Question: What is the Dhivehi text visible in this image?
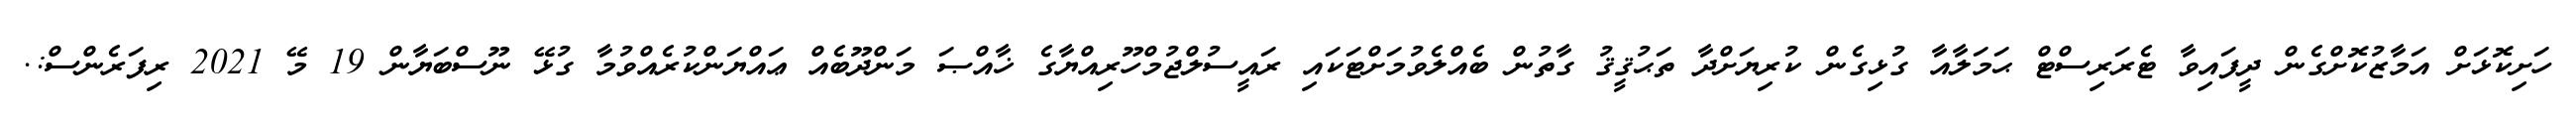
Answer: ހަށިކޮޅަށް އަމާޒުކޮށްގެން ދީފައިވާ ޓެރަރިސްޓް ޙަމަލާއާ ގުޅިގެން ކުރިޔަށްދާ ތަޙުޤީޤު ގާތުން ބެއްލެވުމަށްޓަކައި ރައީސުލްޖުމްހޫރިއްޔާގެ ޚާއްޞަ މަންދޫބެއް ޢައްޔަންކުރެއްވުމާ ގުޅޭ ނޫސްބަޔާން 19 މޭ 2021 ރިފަރެންސް:.